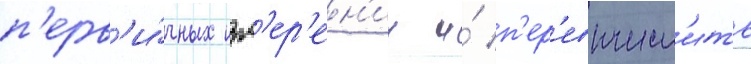
п'ерв'и́чных изм'ер'ен'ии и́ п'ер'евычесл'ить